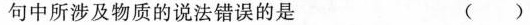
句中所涉及物质的说法错误的是 ( )